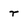
Character: r